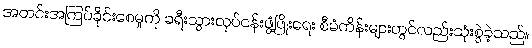
အတင်းအကြပ်ခိုင်းစေမှုကို ခရီးသွားလုပ်ငန်းဖွံ့ဖြိုးရေး စီမံကိန်းများတွင်လည်းသုံးစွဲခဲ့သည်။